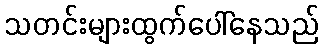
သတင်းများထွက်ပေါ်နေသည်